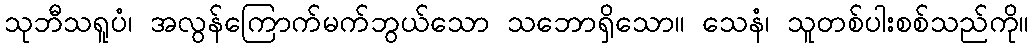
သုဘီသရူပံ၊ အလွန်ကြောက်မက်ဘွယ်သော သဘောရှိသော။ သေနံ၊ သူတစ်ပါးစစ်သည်ကို။